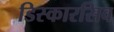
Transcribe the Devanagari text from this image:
डिस्कारसिव